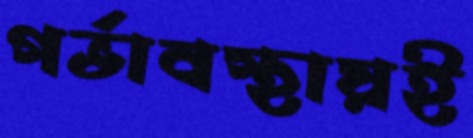
গর্ভাবস্থায়ই